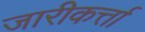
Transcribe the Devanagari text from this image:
जारीकर्त्ता